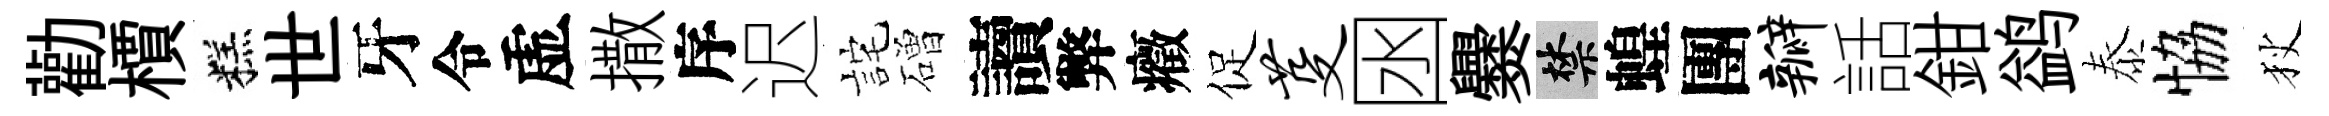
勸檟糕世牙令虚撒序迟詫磳讀弊癥促芟囦爨禁蝗團瓣話鉗鹢泰恊狄